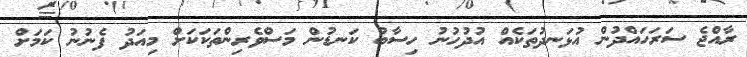
ރާއްޖެ ސަރަހައްދުން އުޅަނދުތަކެއް އުދުހުނު ހިސާބު ކަނޑުން މަސްވެރިންތަކަކަށް މިއަދު ފެނުނު ކަމަށް